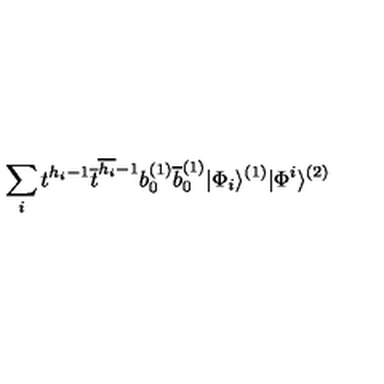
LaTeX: \sum _ { i } t ^ { h _ { i } - 1 } \overline { { t } } ^ { \overline { { h _ { i } } } - 1 } b _ { 0 } ^ { ( 1 ) } \overline { { b } } _ { 0 } ^ { ( 1 ) } | \Phi _ { i } \rangle ^ { ( 1 ) } | \Phi ^ { i } \rangle ^ { ( 2 ) }